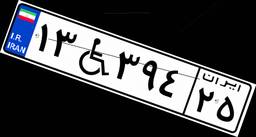
۱۳W۳۹۴۲۵